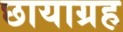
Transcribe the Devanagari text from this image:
छायाग्रह